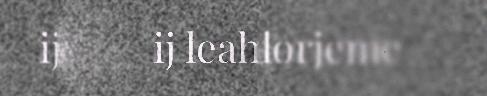
ij leah dam dorjeme